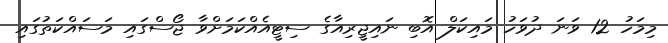
މިމަހު 12 ވަނަ ދުވަހު މައިކަލް އޮބި ނައިޖީރިއާގެ ސިޓީއެއްކަމަށްވާ ޖޯސްގައި މަސައްކަތުގައި